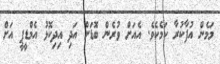
މަމެން އުފާކުރާ ކަމެކެވެ. އެއަށް ވުރެން ބޮޑަށް އަދި އިދިކޮޅު އެމްޑީޕީ އަށް